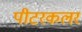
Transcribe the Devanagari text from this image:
पीटरकलर